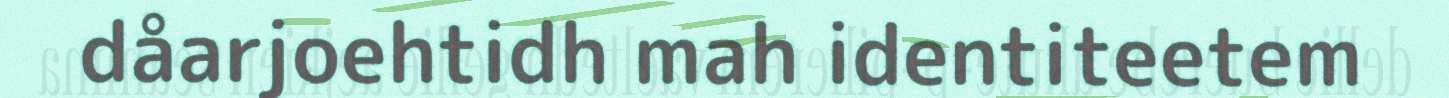
dåarjoehtidh mah identiteetem